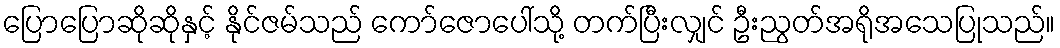
ပြောပြောဆိုဆိုနှင့် နိုင်ဇမ်သည် ကော်ဇောပေါ်သို့ တက်ပြီးလျှင် ဦးညွတ်အရိုအသေပြုသည်။